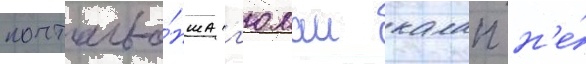
почтальо́нша г'юлаи калап н'е́